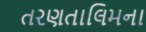
તરણતાલિમના